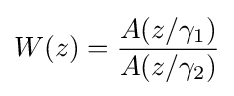
W(z)={\frac {A(z/\gamma _{1})}{A(z/\gamma _{2})}}